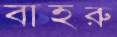
বাহরু